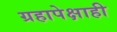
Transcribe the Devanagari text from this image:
ग्रहापेक्षाही